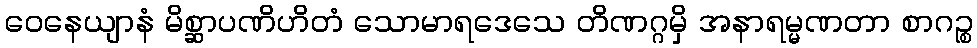
ဝေနေယျာနံ မိစ္ဆာပဏိဟိတံ သောမာရဒေသေ တိဏဂ္ဂမှိ အနာရမ္မဏတာ စာဂဉ္စ